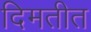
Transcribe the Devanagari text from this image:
दिमतीत